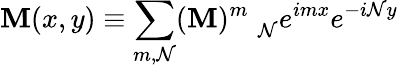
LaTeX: \mathbf{M}(x,y)\equiv\sum_{m,\mathcal{N}}(\mathbf{M})_{\quad\mathcal{N}}^{m}e^{imx}e^{-i\mathcal{N}y}